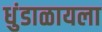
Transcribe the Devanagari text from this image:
धुंडाळायला